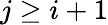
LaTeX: j\ge i+1